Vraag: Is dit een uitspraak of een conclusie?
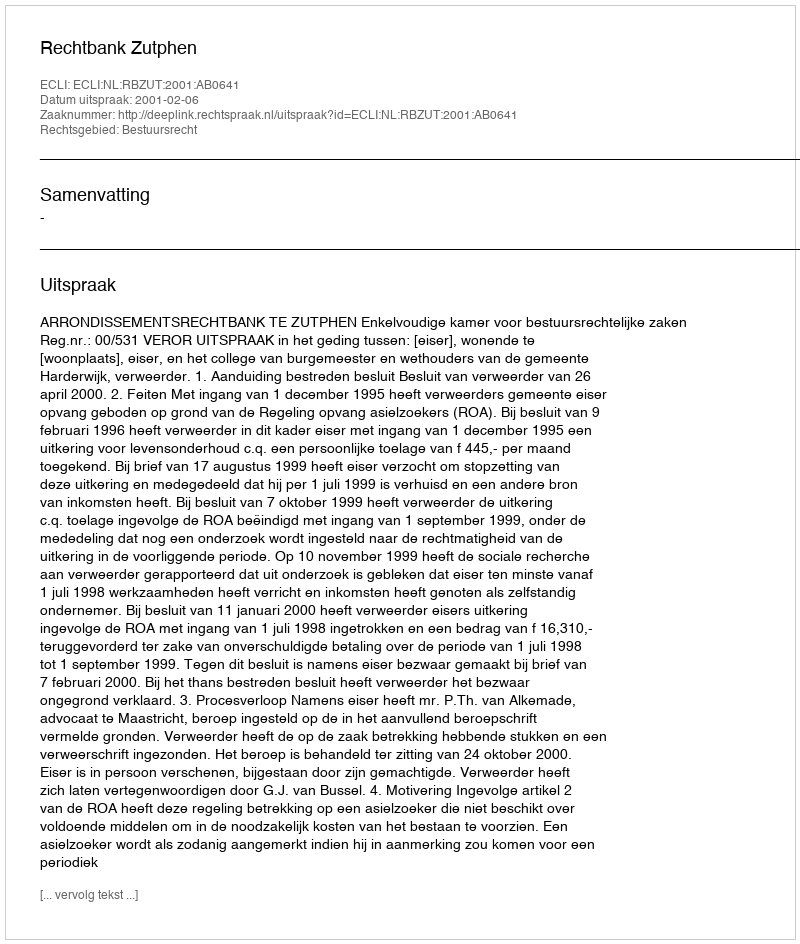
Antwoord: Uitspraak